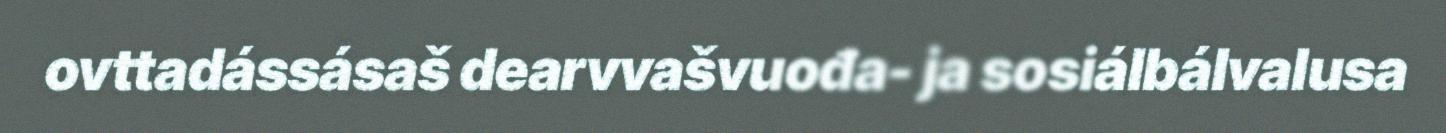
ovttadássásaš dearvvašvuođa- ja sosiálbálvalusa